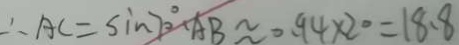
\therefore A C = \sin 7 0 ^ { \circ } \cdot A B \approx 0 . 9 4 \times 2 0 = 1 8 . 8